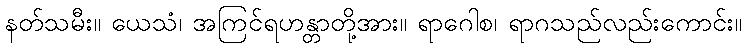
နတ်သမီး။ ယေသံ၊ အကြင်ရဟန္တာတို့အား။ ရာဂေါစ၊ ရာဂသည်လည်းကောင်း။